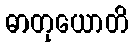
ဓာတုယောတိ